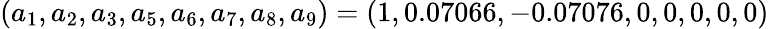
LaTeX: (a_{1},a_{2},a_{3},a_{5},a_{6},a_{7},a_{8},a_{9})=(1,0.07066,-0.07076,0,0,0,0,0)